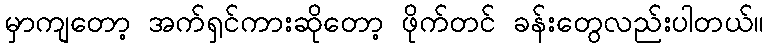
မှာကျတော့ အက်ရှင်ကားဆိုတော့ ဖိုက်တင် ခန်းတွေလည်းပါတယ်။